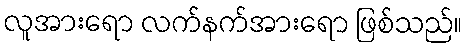
လူအားရော လက်နက်အားရော ဖြစ်သည်။